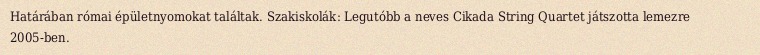
Határában római épületnyomokat találtak. Szakiskolák: Legutóbb a neves Cikada String Quartet játszotta lemezre 2005-ben.